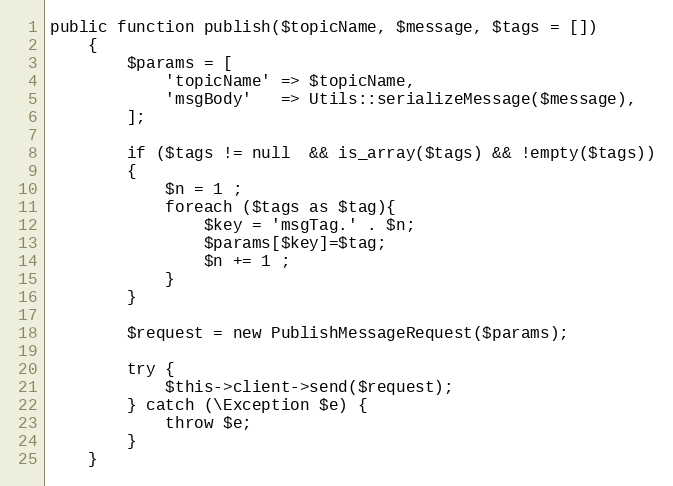
Language: PHP
public function publish($topicName, $message, $tags = [])
    {
        $params = [
            'topicName' => $topicName,
            'msgBody'   => Utils::serializeMessage($message),
        ];

        if ($tags != null  && is_array($tags) && !empty($tags))
        {
            $n = 1 ;
            foreach ($tags as $tag){
                $key = 'msgTag.' . $n;
                $params[$key]=$tag;
                $n += 1 ;
            }
        }

        $request = new PublishMessageRequest($params);

        try {
            $this->client->send($request);
        } catch (\Exception $e) {
            throw $e;
        }
    }